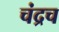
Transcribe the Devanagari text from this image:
चंद्रच